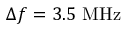
\Delta f = 3 . 5 ~ \mathrm { M H z }